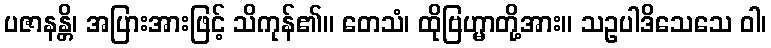
ပဇာနန္တိ၊ အပြားအားဖြင့် သိကုန်၏။ တေသံ၊ ထိုဗြဟ္မာတို့အား။ သဥပါဒိသေသေ ဝါ၊